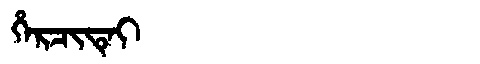
Manchu: ᡥᡝᡵᠴᡳᡨᡝᡳ
Romanization: HERCITEI